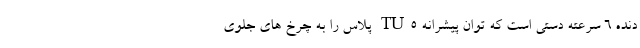
دنده ۶ سرعته دستی است که توان پیشرانه TU5 پلاس را به چرخ های جلوی